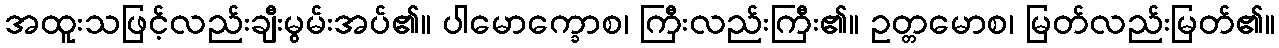
အထူးသဖြင့်လည်းချီးမွမ်းအပ်၏။ ပါမောက္ခောစ၊ ကြီးလည်းကြီး၏။ ဥတ္တမောစ၊ မြတ်လည်းမြတ်၏။